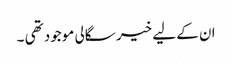
ان کے لیے خیر سگالی موجود تھی ۔